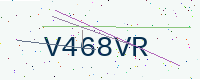
Text: V468VR